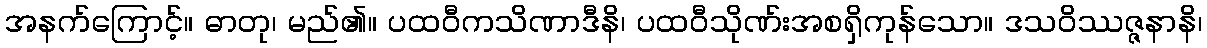
အနက်ကြောင့်။ ဓာတု၊ မည်၏။ ပထဝီကသိဏာဒီနိ၊ ပထဝီသိုဏ်းအစရှိကုန်သော။ ဒသဝိဿဇ္ဇနာနိ၊